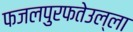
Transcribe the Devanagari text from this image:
फजलपुरफतेउल्ला